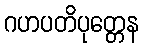
ဂဟပတိပုတ္တေန